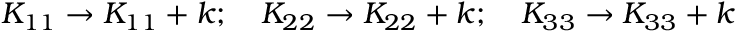
\begin{array} { r } { K _ { 1 1 } \rightarrow K _ { 1 1 } + k ; \quad K _ { 2 2 } \rightarrow K _ { 2 2 } + k ; \quad K _ { 3 3 } \rightarrow K _ { 3 3 } + k } \end{array}